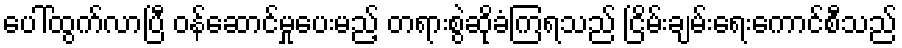
ပေါ်ထွက်လာပြီ ဝန်ဆောင်မှုပေးမည့် တရားစွဲဆိုခံကြရသည် ငြိမ်းချမ်းရေးကောင်စီသည်